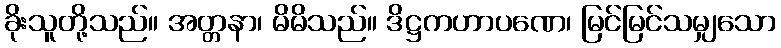
ခိုးသူတို့သည်။ အတ္တနာ၊ မိမိသည်။ ဒိဋ္ဌကဟာပဏေ၊ မြင်မြင်သမျှသော